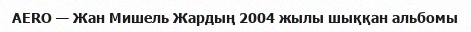
AERO — Жан Мишель Жардың 2004 жылы шыққан альбомы